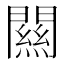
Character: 闗